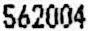
562004